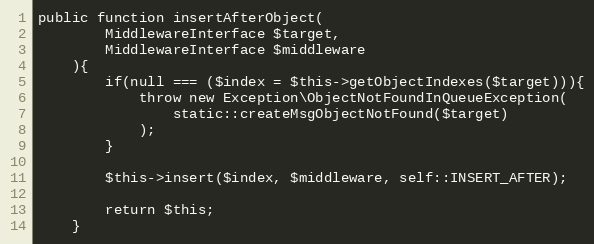
Language: PHP
public function insertAfterObject(
        MiddlewareInterface $target,
        MiddlewareInterface $middleware
    ){
        if(null === ($index = $this->getObjectIndexes($target))){
            throw new Exception\ObjectNotFoundInQueueException(
                static::createMsgObjectNotFound($target)
            );
        }

        $this->insert($index, $middleware, self::INSERT_AFTER);

        return $this;
    }